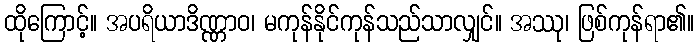
ထိုကြောင့်။ အပရိယာဒိဏ္ဏာဝ၊ မကုန်နိုင်ကုန်သည်သာလျှင်။ အဿု၊ ဖြစ်ကုန်ရာ၏။